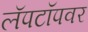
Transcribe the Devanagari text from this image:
लॅपटॉपवर